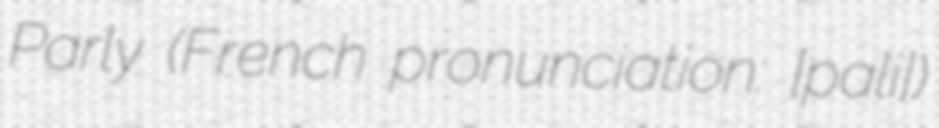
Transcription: Parly (French pronunciation: ​[paʁli])